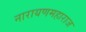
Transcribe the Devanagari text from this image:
नारायणमहाराज